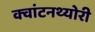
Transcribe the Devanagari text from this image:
क्‍वांटनथ्‍योरी